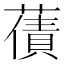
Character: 𮑫